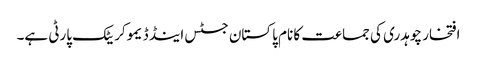
افتخار چوہدری کی جماعت کا نام پاکستان جسٹس اینڈ ڈیموکریٹک پارٹی ہے۔